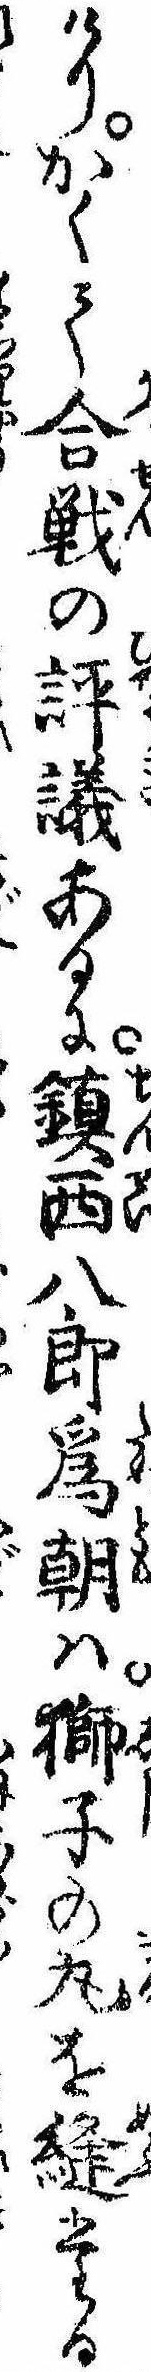
けりかくて合戦の評議あるに鎮西八郎為朝は獅子の丸を縫たる